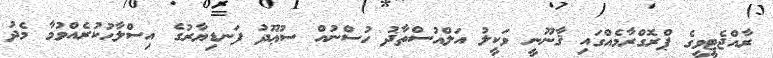
ރާއްޖެޓީވީގެ ޕްރޮގްރާމެއްގައި ޤާނޫނީ ވަކީލު އަލްއުސްތާޛު ހުސްނުއް ސުޢޫދު ފަނޑިޔާރުގެ އިސްލާޙުކުރެއްވުމާ މެދު